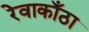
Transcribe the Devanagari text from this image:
रेवाकाँठा